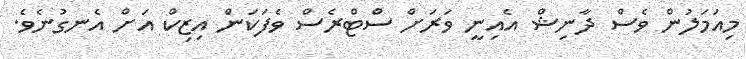
މިއަމަލުން ވެސް ދާނިޝް އެއިނީ ވަރަށް ސްޓްރެސް ވެފަކަން އިޒިކް އަށް އެނގުނެވެ.